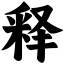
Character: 释